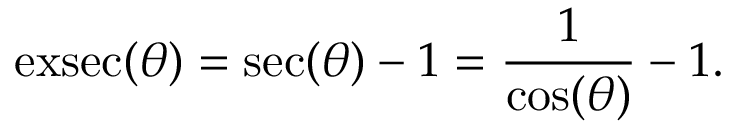
\operatorname { e x s e c } ( \theta ) = \sec ( \theta ) - 1 = { \frac { 1 } { \cos ( \theta ) } } - 1 .